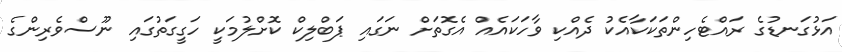
އަޅުގަނޑުގެ ރައްޓެހިންތަކަކާއެކު ދެއްކި ވާހަކައެއް އެގޮތަށް ނަގައި ޕަބްލިކް ކޮށްލުމަކީ ހަގީގަތުގައި ނޫސްވެރިންގެ